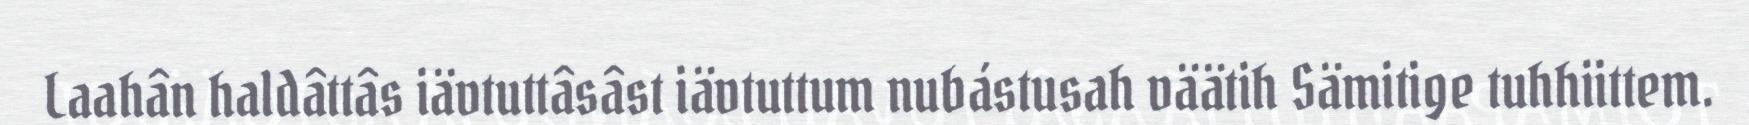
Laahân haldâttâs iävtuttâsâst iävtuttum nubástusah väätih Sämitige tuhhiittem.